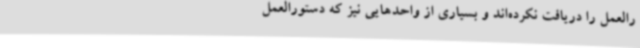
رالعمل را دریافت نکرده‌اند و بسیاری از واحدهایی نیز که دستورالعمل